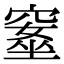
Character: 𥧚